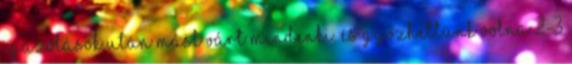
igazolások után mást várt mindenki. És győzhettünk volna 2-3